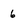
Character: 6